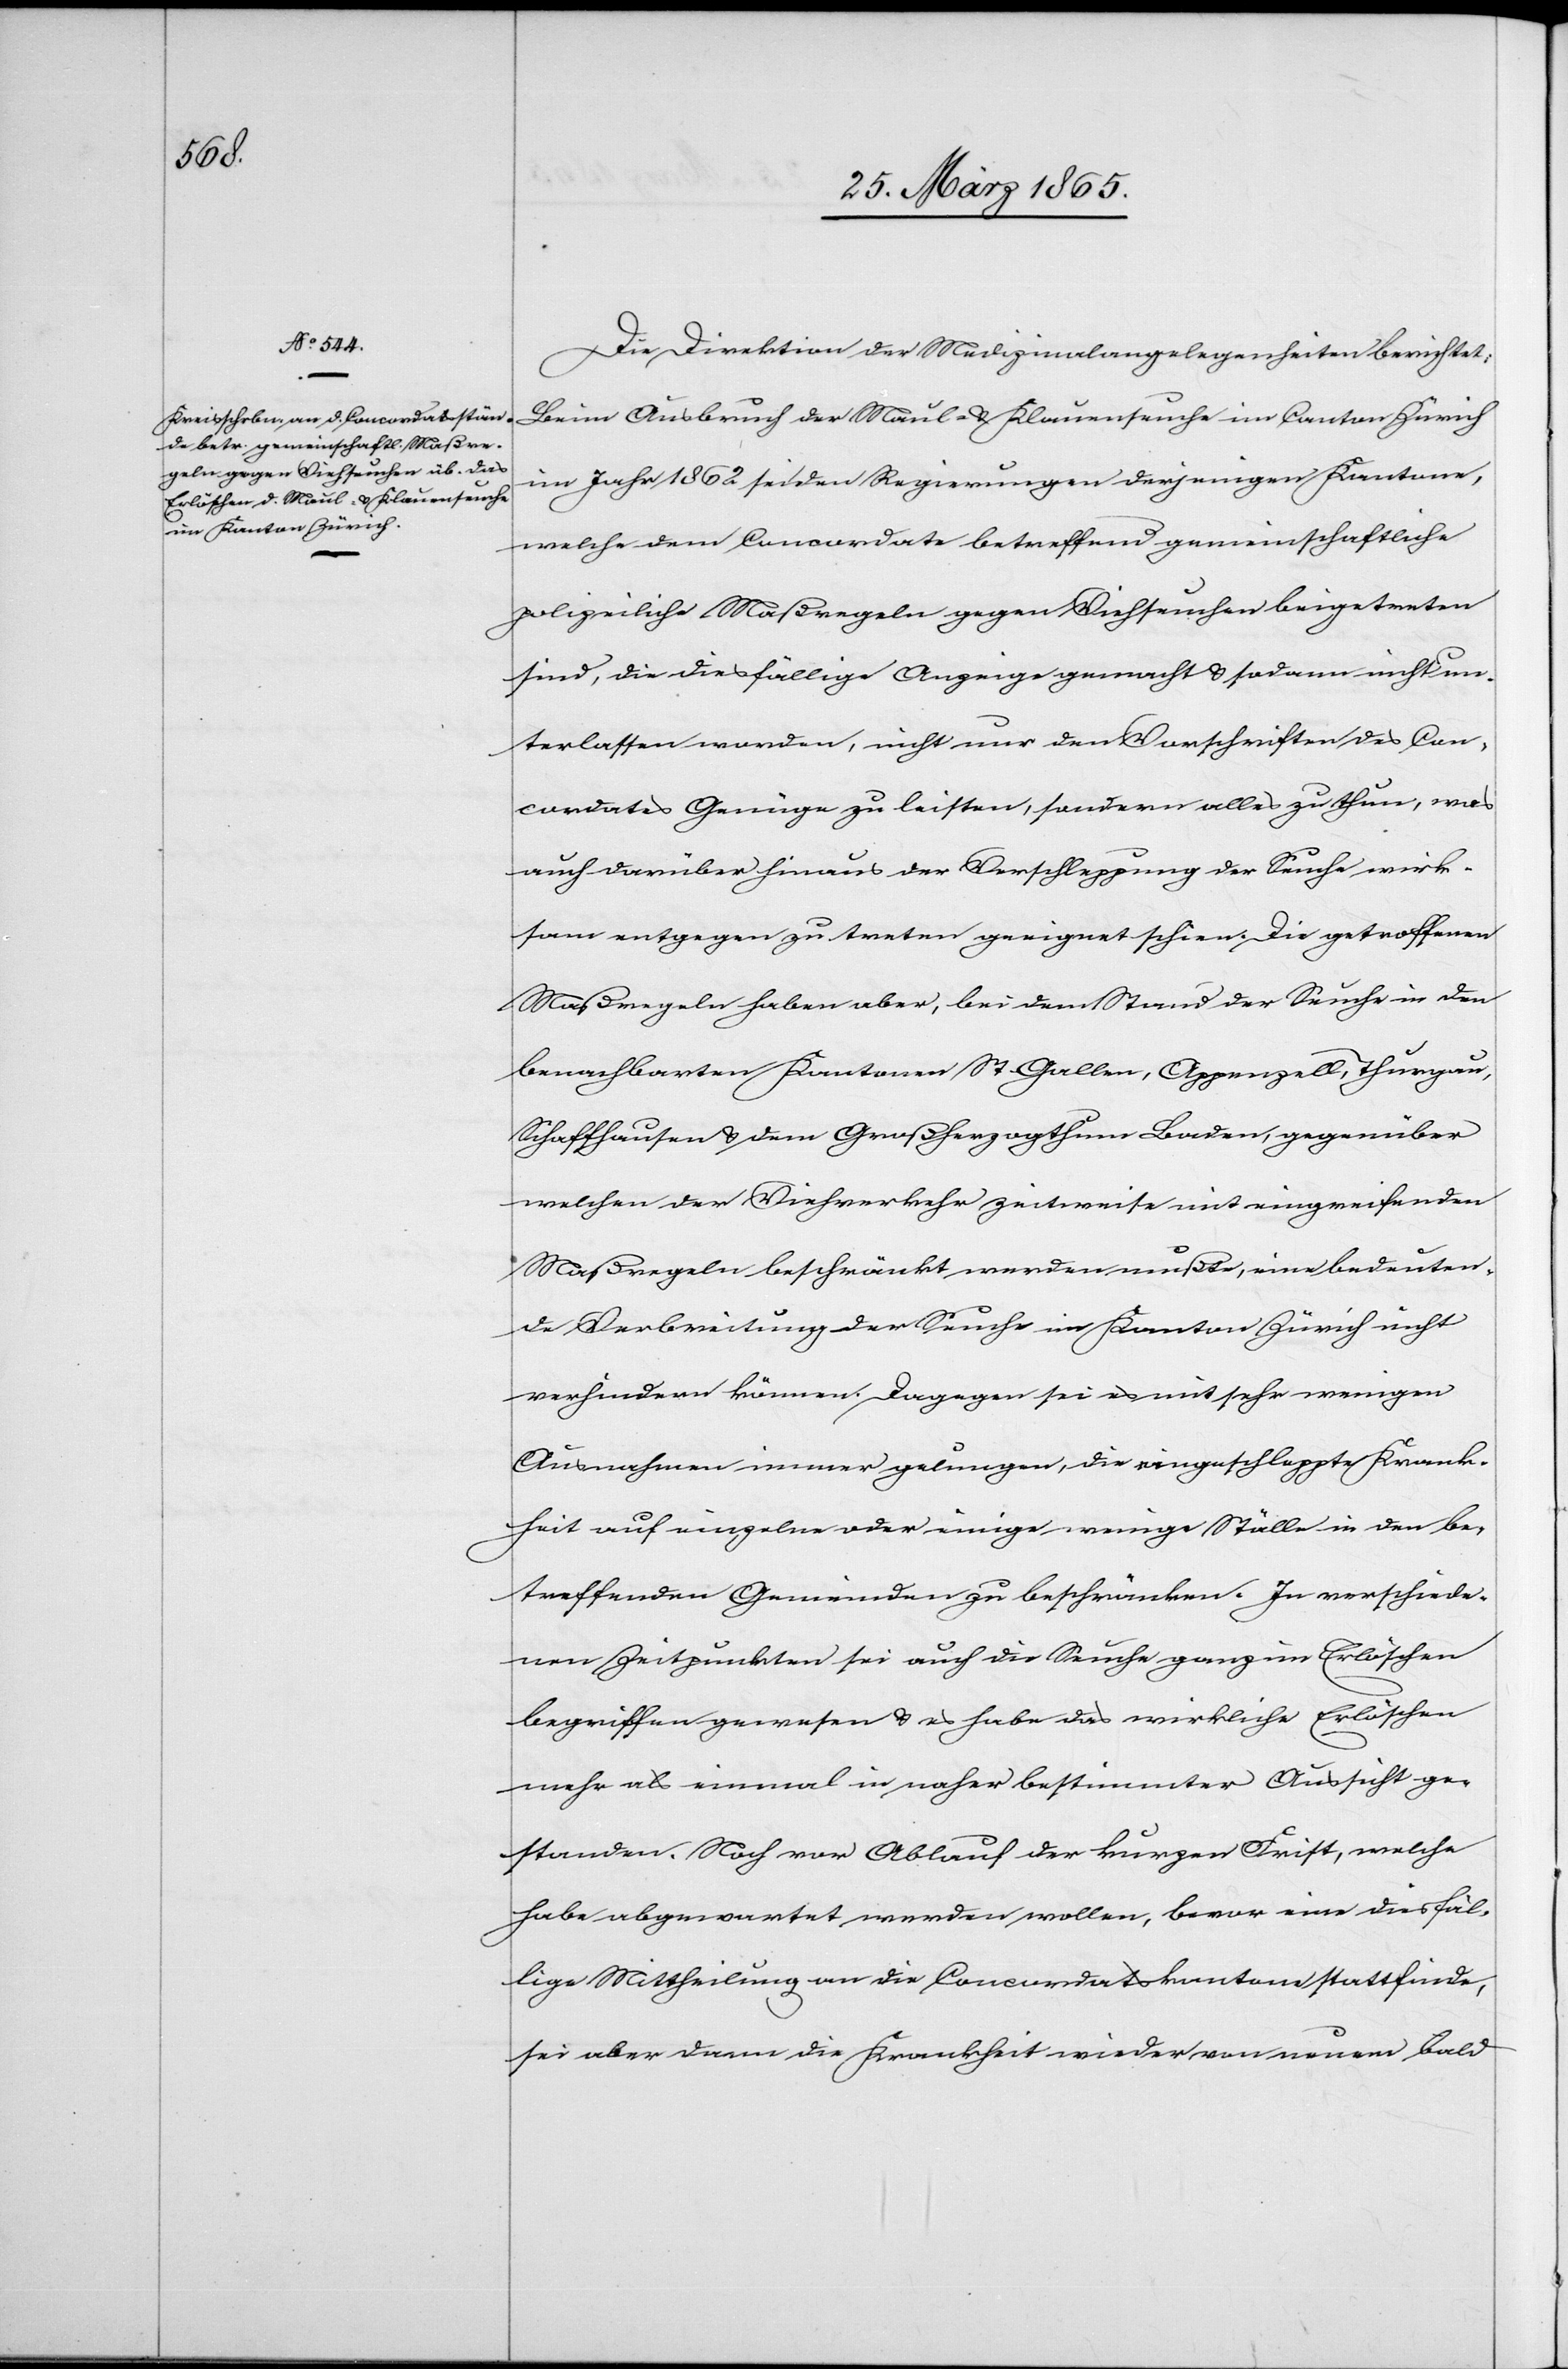
Die Direktion der Medizinalangelegenheiten berichtet:
Klauenseuche
im Jahr 1862 sei den Regierungen derjenigen Kantone,
im Canton Zürich
welche dem Concordate betreffend gemeinschaftliche
polizeiliche Maßregeln gegen Viehseuchen beigetreten
sind, die diesfällige Anzeige gemacht & sodann nicht un¬
terlassen worden, nicht nur den Vorschriften des Con¬
cordates Genüge zu leisten, sondern alles zu thun, was
auch darüber hinaus der Verschleppung der Seuche wirk¬
sam entgegen zu treten geeignet schien. Die getroffenen
Maßregeln haben aber, bei dem Stand der Seuche in den
benachbarten Kantonen St. Gallen, Appenzell, Thurgau,
Schaffhausen & dem Großherzogthum Baden, gegenüber
welchen der Viehverkehr zeitweise mit eingreifenden
Maßregeln beschränkt werden mußte, eine bedeuten¬
de Verbreitung der Seuche im Kanton Zürich nicht
verhindern können. Dagegen sei es mit sehr wenigen
Ausnahmen immer gelungen, die eingeschleppte Krank¬
heit auf einzelne oder einige wenige Ställe in den be¬
treffenden Gemeinden zu beschränken. In verschiede¬
nen Zeitpunkten sei auch die Seuche ganz im Erlöschen
begriffen gewesen & es habe das wirkliche Erlöschen
mehr als einmal in naher bestimmter Aussicht ge¬
standen. Noch vor Ablauf der kurzen Frist, welche
habe abgewartet werden wollen, bevor eine diesfäl¬
lige Mittheilung an die Concordatskantone stattfinde,
sei aber dann die Krankheit wieder von neuem bald